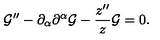
{ \cal G } ^ { \prime \prime } - \partial _ { \alpha } \partial ^ { \alpha } { \cal G } - \frac { z ^ { \prime \prime } } { z } { \cal G } = 0 .